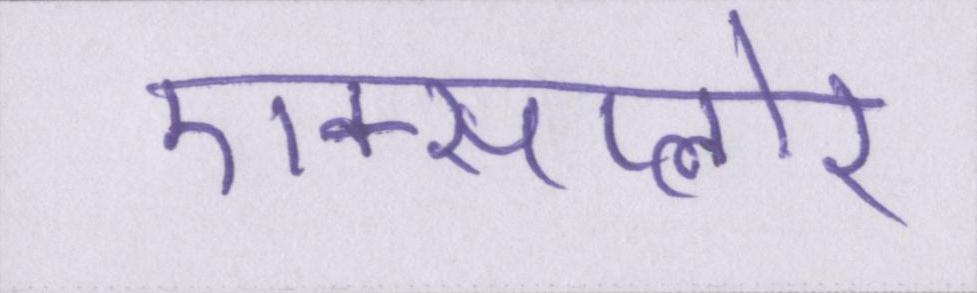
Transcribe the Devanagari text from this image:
एक्सप्लोर